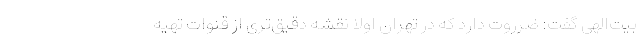
بیت‌الهی گفت: ضرروت دارد که در تهران اولا نقشه دقیق‌تری از قنوات تهیه